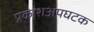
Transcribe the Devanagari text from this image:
प्रकाशअपघटक